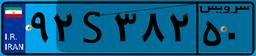
۹۲S۳۸۲۵۰